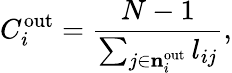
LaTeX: C_{i}^{\mathrm{out}}=\frac{N-1}{\sum_{j\in{{\mathbf{n}}_{i}^{\mathrm{out}}}}l_{ij}},